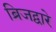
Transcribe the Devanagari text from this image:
ब्रिजद्वारे